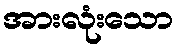
အားလုံးသော